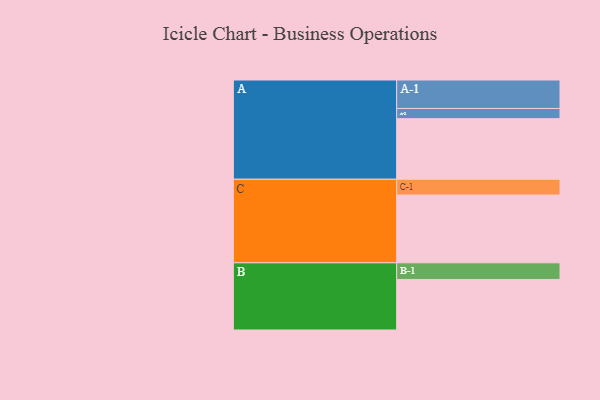
{"axis": {"x": "Segment", "y": "Value"}, "legend": ["", "A", "B", "C"], "data": [{"x": "A", "y": 521, "type": ""}, {"x": "B", "y": 435, "type": ""}, {"x": "C", "y": 583, "type": ""}, {"x": "A-1", "y": 245, "type": "A"}, {"x": "A-2", "y": 88, "type": "A"}, {"x": "B-1", "y": 143, "type": "B"}, {"x": "C-1", "y": 136, "type": "C"}]}